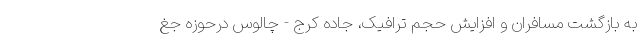
به بازگشت مسافران و افزایش حجم ترافیک، جاده کرج - چالوس درحوزه جغ